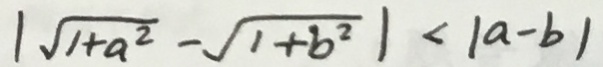
\vert \sqrt { 1 + a ^ { 2 } } - \sqrt { 1 + b ^ { 2 } } \vert < \vert a - b \vert